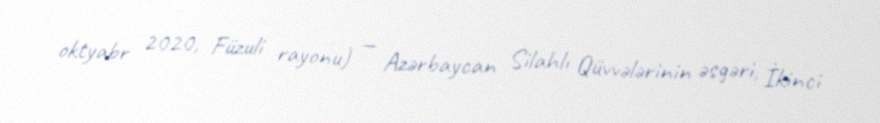
oktyabr 2020, Füzuli rayonu) — Azərbaycan Silahlı Qüvvələrinin əsgəri, İkinci